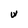
Character: u